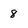
Character: 8